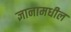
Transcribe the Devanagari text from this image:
ज्ञानामधील